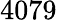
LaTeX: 4079